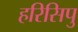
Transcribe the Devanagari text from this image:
हरिसिपु